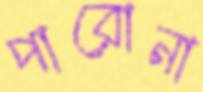
পারোনা